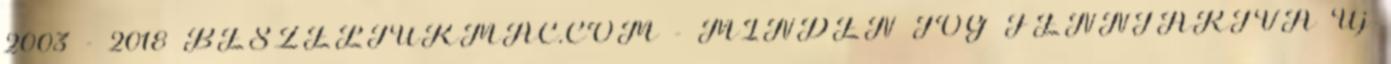
2003 - 2018 BESZELJUKMAC.COM - MINDEN JOG FENNTARTVA Új